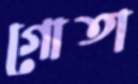
গোতা